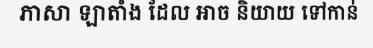
ភាសា ឡាតាំង ដែល អាច និយាយ ទៅកាន់